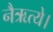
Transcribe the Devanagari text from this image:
नैऋत्ये।